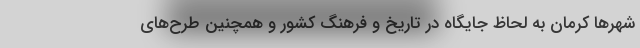
شهرها کرمان به لحاظ جایگاه در تاریخ و فرهنگ کشور و همچنین طرح‌های